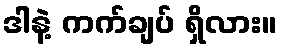
ဒါနဲ့ ကက်ချပ် ရှိလား။